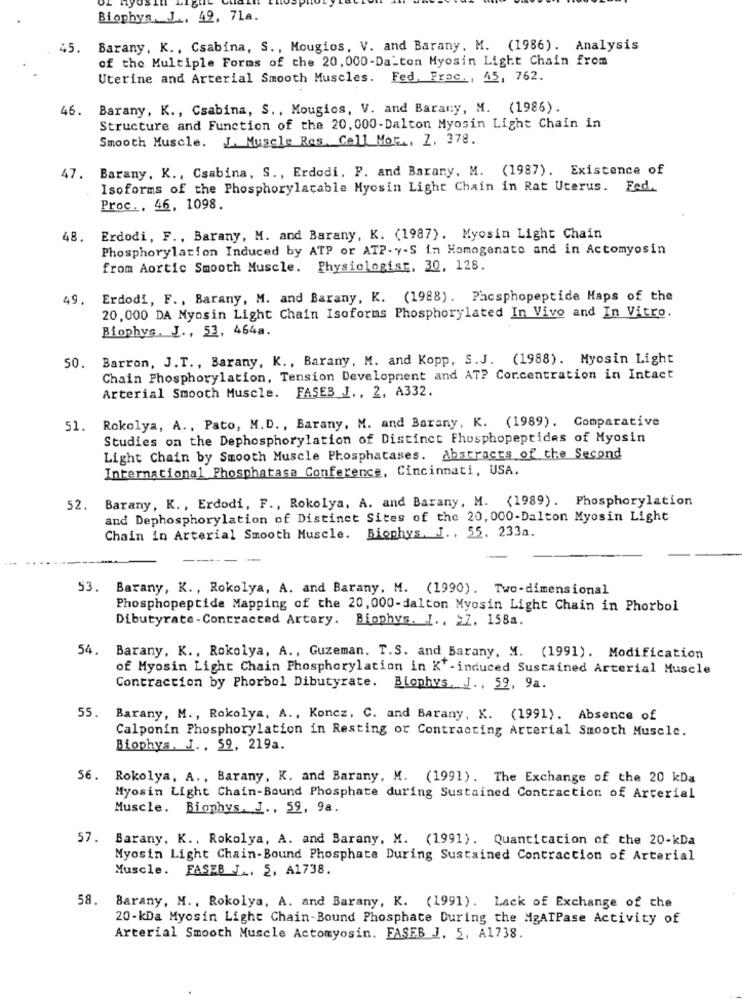
Biophys. J ., 49, 71a.
45. Barany, K ., Csabina, S ., Mougios, V. and Barany, M. (1986). Analysis
of the Multiple Forms of the 20, 000-Da-ton Myosin Light Chain from
Uterine and Arterial Smooth Muscles. Fed. Frac ., 45, 762.
46.
Barany, K ., Csabina, S ., Mougios, V. and Barary, M. (1986).
Structure and Function of the 20, 000-Dalton Myosin Light Chain in
Smooth Muscle. J. Muscle Res. Cell Mot ., Z. 378.
Barany, K ., Csabina, S ., Erdodi. P. and Barany. M. (1987). Existence of
47.
Isoforms of the Phosphorylacable Myosin Light Chain in Rat Uterus. Fed.
Proc .. 46, 1098.
48.
Erdodi, F ., Barany, M. and Barany, K. (1987). Myosin Light Chain
Phosphorylation Induced by ATP or ATP-y-S in Homogenate and in Actomyosin
from Aortic Smooth Muscle. Physiologist, 30, 128.
49.
Erdodi, F ., Barany, M. and Barany, K. (1988). Pacsphopeptide Haps of the
20,000 DA Myosin Light Chain Isoforms Phosphorylated In Vivo and In Vitro.
Biophys. J ., 53, 464a.
Barron, J.T ., Barany, K ., Barany, M. and Kopp, S.J. (1988). Myosin Light
50.
Chain Phosphorylation, Tension Development and AT? Concentration in Intact
Arterial Smooth Muscle. FASEB_J ., 2, A332.
Rokolya, A ., Pato, M.D ., Barany, M. and Barany, K. (1989). Comparative
51.
Studies on the Dephosphorylation of Distinct Phosphopeptides of Myosin
Light Chain by Smooth Muscle Phosphatases. Abstracts of the Second
International Phosphatase Conference, Cincinnati, USA.
52. Barany, K ., Erdodi, F ., Rokolya, A. and Barany, M. (1989). Phosphorylation
and Dephosphorylation of Distinct Sites of the 20, 000-Dalton Myosin Light
Chain in Arterial Smooth Muscle. Biophys. J .. 55. 233a.
53. Barany, K ., Rokolya, A. and Barany. M. (1990). Two-dimensional
Phosphopeptide Mapping of the 20, 000-dalton Myosin Light Chain in Phorbol
Dibutyrate-Contracted Artery. Biophys. I ., >7. 158a.
54. Barany, K ., Rokolya, A ., Guzeman. T.S. and Barany, M. (1991). Modification
of Myosin Light Chain Phosphorylation in K'-induced Sustained Arterial Muscle
Contraction by Phorbol Dibutyrate. Biophys. J ., 59, 9a.
55.
Barany, M ., Rokolya, A ., Koncz, C. and Barany, K. (1991). Absence of
Calponin Phosphorylation in Resting or Contracting Arterial Smooth Muscle.
Biophys. J. , 59, 219a.
56. Rokolya, A ., Barany, K. and Barany, M. (1991). The Exchange of the 20 kDa
Myosin Light Chain-Bound Phosphate during Sustained Contraction of Arterial
Muscle. Biophys. J ., 59, 9a.
57. Barany, K ., Rokolya, A. and Barany, M. (1991). Quantitation of the 20-kDa
Myosin Light Chain-Bound Phosphate During Sustained Contraction of Arterial
Muscle. FASEB J ., 5, A1738.
58. Barany, M ., Rokolya, A. and Barany, K. (1991). Lack of Exchange of the
20-kDa Myosin Light Chain-Bound Phosphate During the MgATPase Activity of
Arterial Smooth Muscle Actomyosin. FASEB J. 5, A1738.